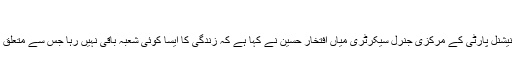
میاں افتخارحسین
پشاور (پ ر) عوامی نیشنل پارٹی کے مرکزی جنرل سیکرٹری میاں افتخار حسین نے کہا ہے کہ زندگی کا ایسا کوئی شعبہ باقی نہیں رہا جس سے متعلق طبقہ احتجاج پر نہ ہو۔